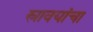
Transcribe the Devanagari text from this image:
स्रावयांचा